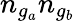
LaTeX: n_{g_{a}}n_{g_{b}}